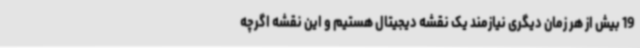
19 بیش از هر زمان دیگری نیازمند یک نقشه دیجیتال هستیم و این نقشه اگرچه